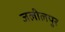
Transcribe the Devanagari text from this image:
जलीलपुर